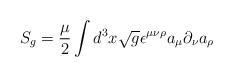
\begin{align*}S_g = {\mu \over 2} \int d^3x\sqrt g \epsilon^{\mu \nu \rho}a_\mu \partial_\nu a_\rho\end{align*}